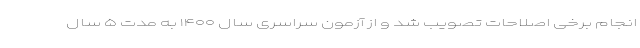
انجام برخی اصلاحات تصویب شد و از آزمون سراسری سال ۱۴۰۰ به مدت ۵ سال